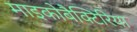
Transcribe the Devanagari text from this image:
माइकोबैक्टिरिया